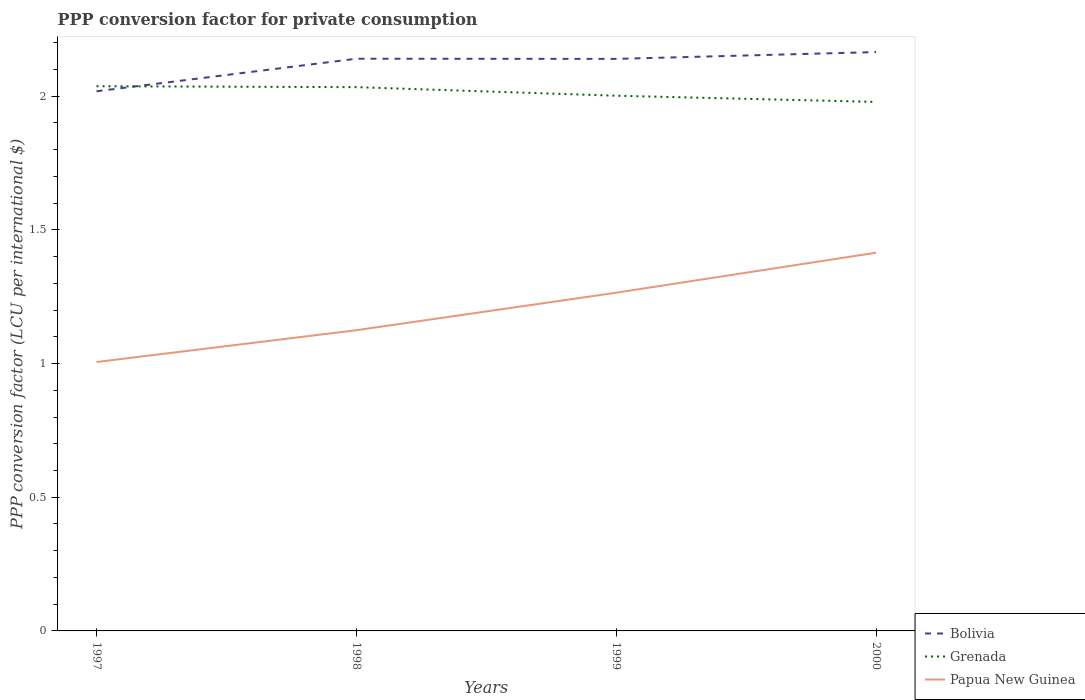
| Years | Bolivia | Grenada | Papua New Guinea |
 | --- | --- | --- | --- |
 | 1997 | 2.02 | 2.04 | 1.01 |
 | 1998 | 2.14 | 2.03 | 1.12 |
 | 1999 | 2.14 | 2 | 1.27 |
 | 2000 | 2.17 | 1.98 | 1.41 |